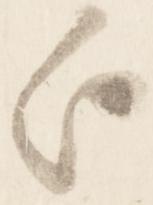
歟